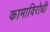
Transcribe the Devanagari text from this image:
कामाविरोधी